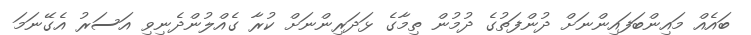
ބައެއް މައިންބަފައިންނަށް ދުންފަތުގެ ދުމުން ތިމާގެ ޅަދަރިންނަށް ކުރާ ގެއްލުންދެނިވި އަސަރު އެގޭނަމަ